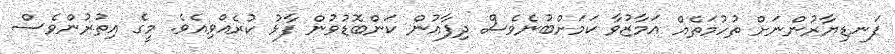
ފަނޑިޔާރުންނަށް ތުހުމަތެއް އަމާޒުވާ ކަމަށްބުނެވެސް ދިފާއުން ކަންބޮޑުވުން ފާޅު ކުރެއްވިއެވެ. މީގެ އިތުރުންވެސް